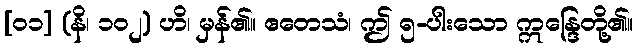
[၀၁] (နိ၊ ၁၀၂) ဟိ၊ မှန်၏။ ဧတေသံ၊ ဤ ၅-ပါးသော ဣန္ဒြေတို့၏။